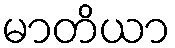
မာတိယာ